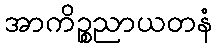
အာကိဉ္စညာယတနံ